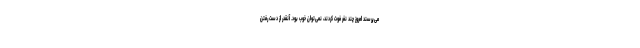
می‌پرسند امروز چند نفر فوت کردند، نمی‌توان خوب بود. آنقدر از دست رفتن